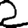
Digit: 2